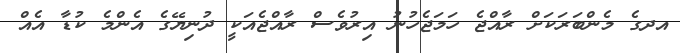
އދގެ މެންބަރަކަށް ރާއްޖެ ހަމަޖެހުނު އިރުވެސް ރާއްޖެއަކީ ދުނިޔޭގެ އެންމެ ކުޑާ އެއް